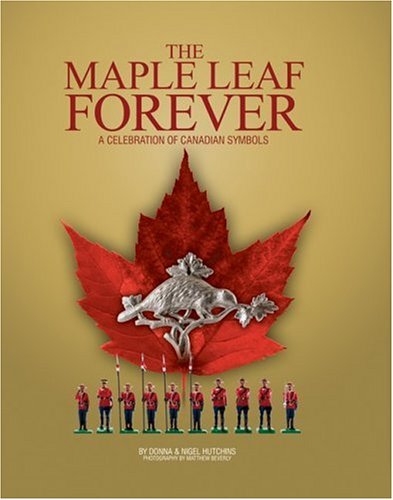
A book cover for Maple Leaf Forever: A Celebration of Canadian Symbols; Donna Farron Hutchins; Crafts, Hobbies & Home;